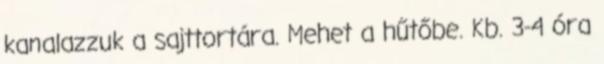
kanalazzuk a sajttortára. Mehet a hűtőbe. Kb. 3-4 óra